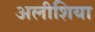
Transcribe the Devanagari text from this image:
अलीशिया